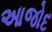
આજોદ